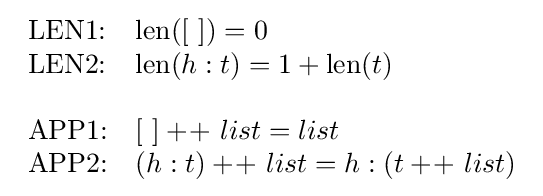
{\begin{array}{ll}{\text{LEN1:}}&\operatorname {len} ([\ ])=0\\{\text{LEN2:}}&\operatorname {len} (h:t)=1+\operatorname {len} (t)\\&\\{\text{APP1:}}&[\ ]+\!+\ list=list\\{\text{APP2:}}&(h:t)+\!+\ list=h:(t+\!+\ list)\end{array}}